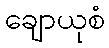
ချောယုစံ